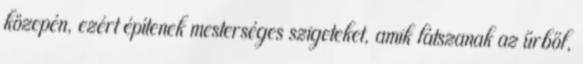
közepén, ezért építenek mesterséges szigeteket, amik látszanak az űrből,